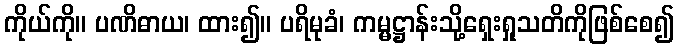
ကိုယ်ကို။ ပဏိဓာယ၊ ထား၍။ ပရိမုခံ၊ ကမ္မဋ္ဌာန်းသို့ရှေးရှုသတိကိုဖြစ်စေ၍